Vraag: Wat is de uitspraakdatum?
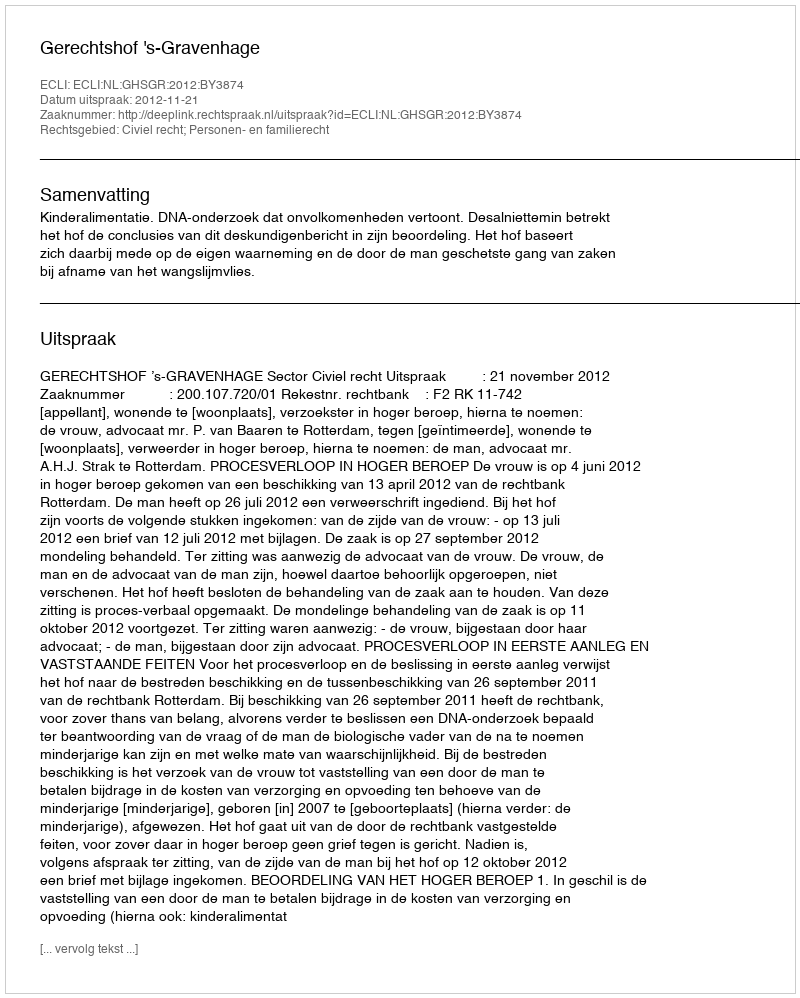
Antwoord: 2012-11-21